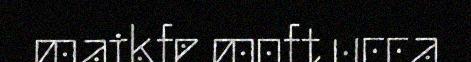
maikfe moft ucca